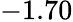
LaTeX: -1.70